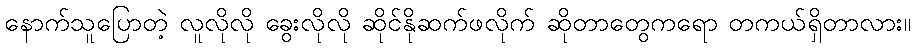
နောက်သူပြောတဲ့ လူလိုလို ခွေးလိုလို ဆိုင်နိုဆက်ဖလိုက် ဆိုတာတွေကရော တကယ်ရှိတာလား။